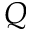
Q